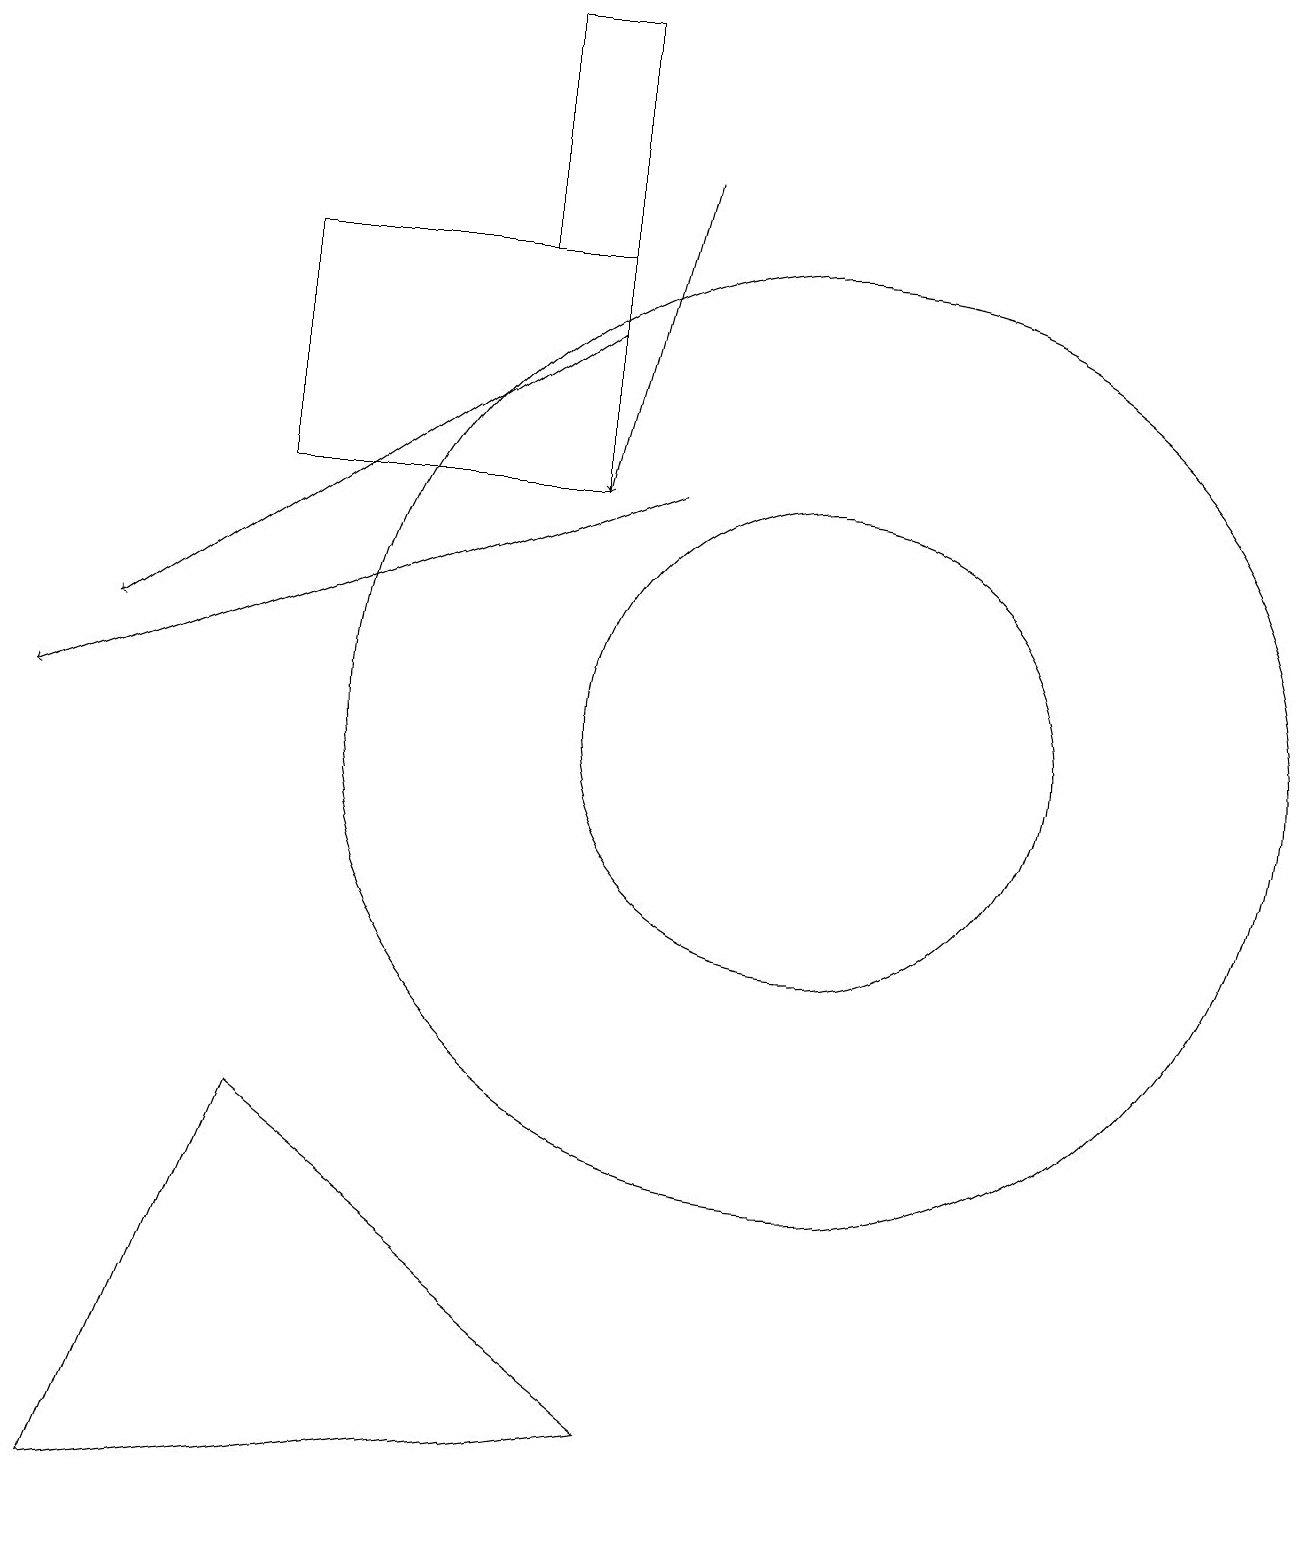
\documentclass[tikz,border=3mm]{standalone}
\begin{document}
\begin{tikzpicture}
\draw (8,16) rectangle (7,19);
\draw (8,13) rectangle (4,16);
\draw (11,10) circle (6);
\draw (4,5) -- (2,0) -- (9,1) -- cycle;
\draw[->] (8,15) -- (2,11);
\draw[->] (9,17) -- (8,13);
\draw (11,10) circle (3);
\draw[->] (9,13) -- (1,10);
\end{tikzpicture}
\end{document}